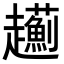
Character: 𧾯